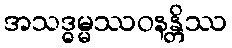
အသဒ္ဓမ္မဿဝနန္တိဿ